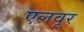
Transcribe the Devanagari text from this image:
एलवूर